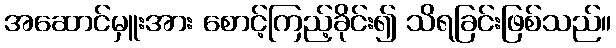
အဆောင်မှူးအား စောင့်ကြည့်ခိုင်း၍ သိရခြင်းဖြစ်သည်။